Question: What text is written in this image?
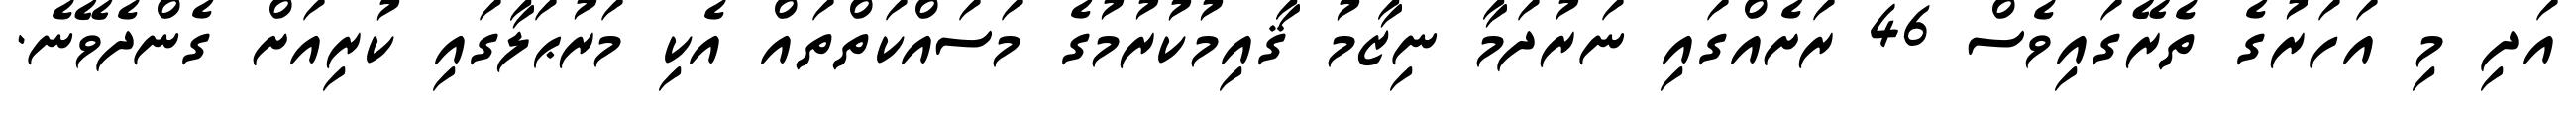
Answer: އަދި މި އަހަރުގެ ތެރޭގައިވެސް 46 ރަށެއްގައި ނަރުދަމާ ނިޒާމު ޤާއިމުކުރުމުގެ މަސައްކަތްތައް އެކި މަރުޙަލާގައި ކުރިއަށް ގެންދެވޭނެ.